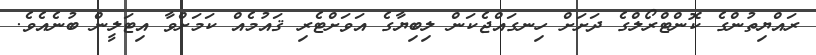
ރައްޔިތުންގެ ކޮންޓްރޯލްގެ ދަށަށް ހިނގައްޖެކަން ލިބިޔާގެ އަވަށްޓެރި ޤައުމެއް ކަމަށްވާ އިޓަލީން ބުނެއެވެ.